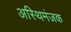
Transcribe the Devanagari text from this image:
अस्थिमंजक